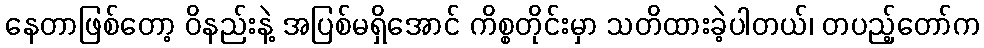
နေတာဖြစ်တော့ ဝိနည်းနဲ့ အပြစ်မရှိအောင် ကိစ္စတိုင်းမှာ သတိထားခဲ့ပါတယ်၊ တပည့်တော်က